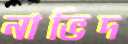
নাভিদ